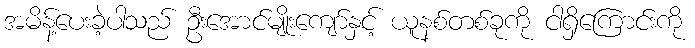
အမိန့်ပေးခဲ့ပါသည် ဦးအောင်မျိုးကျော်နှင့် ယူနစ်တစ်ခုကို ငါရှိကြောင်းကို